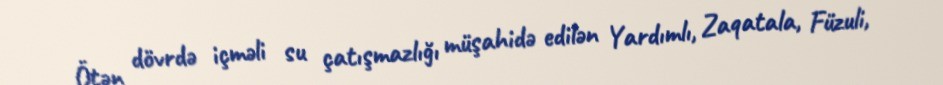
Ötən dövrdə içməli su çatışmazlığı müşahidə edilən Yardımlı, Zaqatala, Füzuli,